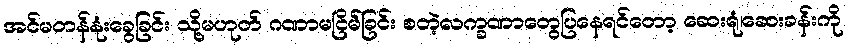
အင်မတန်နုံးခွေခြင်း သို့မဟုတ် ဂဏာမငြိမ်ခြင်း စတဲ့လက္ခဏာတွေပြနေရင်တော့ ဆေးရုံ၊ဆေးခန်းကို